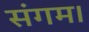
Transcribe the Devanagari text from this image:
संगम।